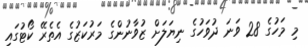
މި މަހުގެ 28 ވަނަ ދުވަހުގެ ނިޔަލަށް ޒުވާނުންގެ މަރުކަޒުގެ އެތެރޭ ކޯޓުގައި